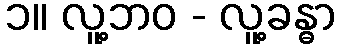
၁။ လူ့ဘဝ - လူ့ခန္ဓာ